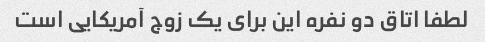
لطفا اتاق دو نفره این برای یک زوج آمریکایی است